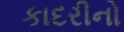
કાદરીનો